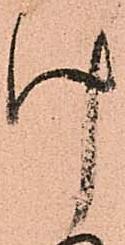
け